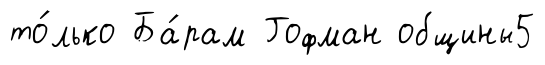
то́лько Ба́рам Гофман общины5